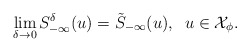
\begin{align*}\lim_{\delta \to 0} S^\delta_{-\infty}(u)= \tilde{S}_{-\infty}(u),\;\; u \in \mathcal{X}_\phi.\end{align*}